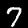
Digit: 7